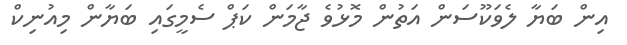
އިން ބަޔާ ލެވަކޫސަން އަތުން މޮޅުވެ ޖާމަން ކަޕް ސެމީގައި ބަޔާން މިއުނިކް